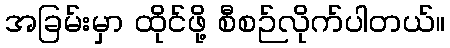
အခြမ်းမှာ ထိုင်ဖို့ စီစဉ်လိုက်ပါတယ်။